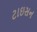
ટાઇસન